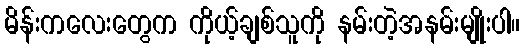
မိန်းကလေးတွေက ကိုယ့်ချစ်သူကို နမ်းတဲ့အနမ်းမျိုးပါ။